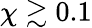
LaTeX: \chi\gtrsim 0.1